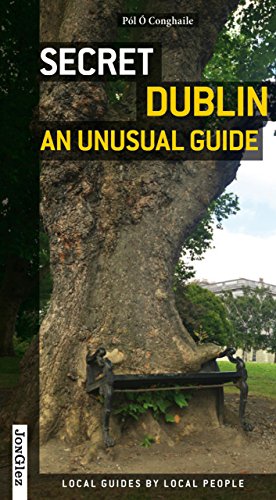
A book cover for Secret Dublin - an Unusual Guide; Jonglez Publishing; Travel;